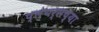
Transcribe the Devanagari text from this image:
प्लेयर्सच्या